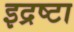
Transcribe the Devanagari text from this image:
इद्रष्टा